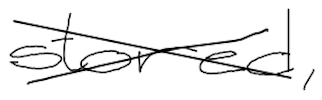
Text: stored,
Cross-out: cross
Writing tool: digital_black